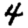
Digit: 4